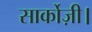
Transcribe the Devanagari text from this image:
सार्कोज़ी।